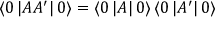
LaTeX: \left\langle 0 \left| A A ^ { \prime } \right| 0 \right\rangle = \left\langle 0 \left| A \right| 0 \right\rangle \left\langle 0 \left| A ^ { \prime } \right| 0 \right\rangle